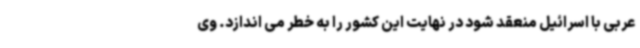
عربی با اسرائیل منعقد شود در نهایت این کشور را به خطر می اندازد. وی